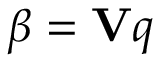
\beta = \mathbf { V } q